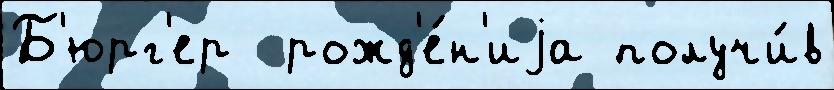
Б'юрг'ер  рожд'е́н'иjа получи́в